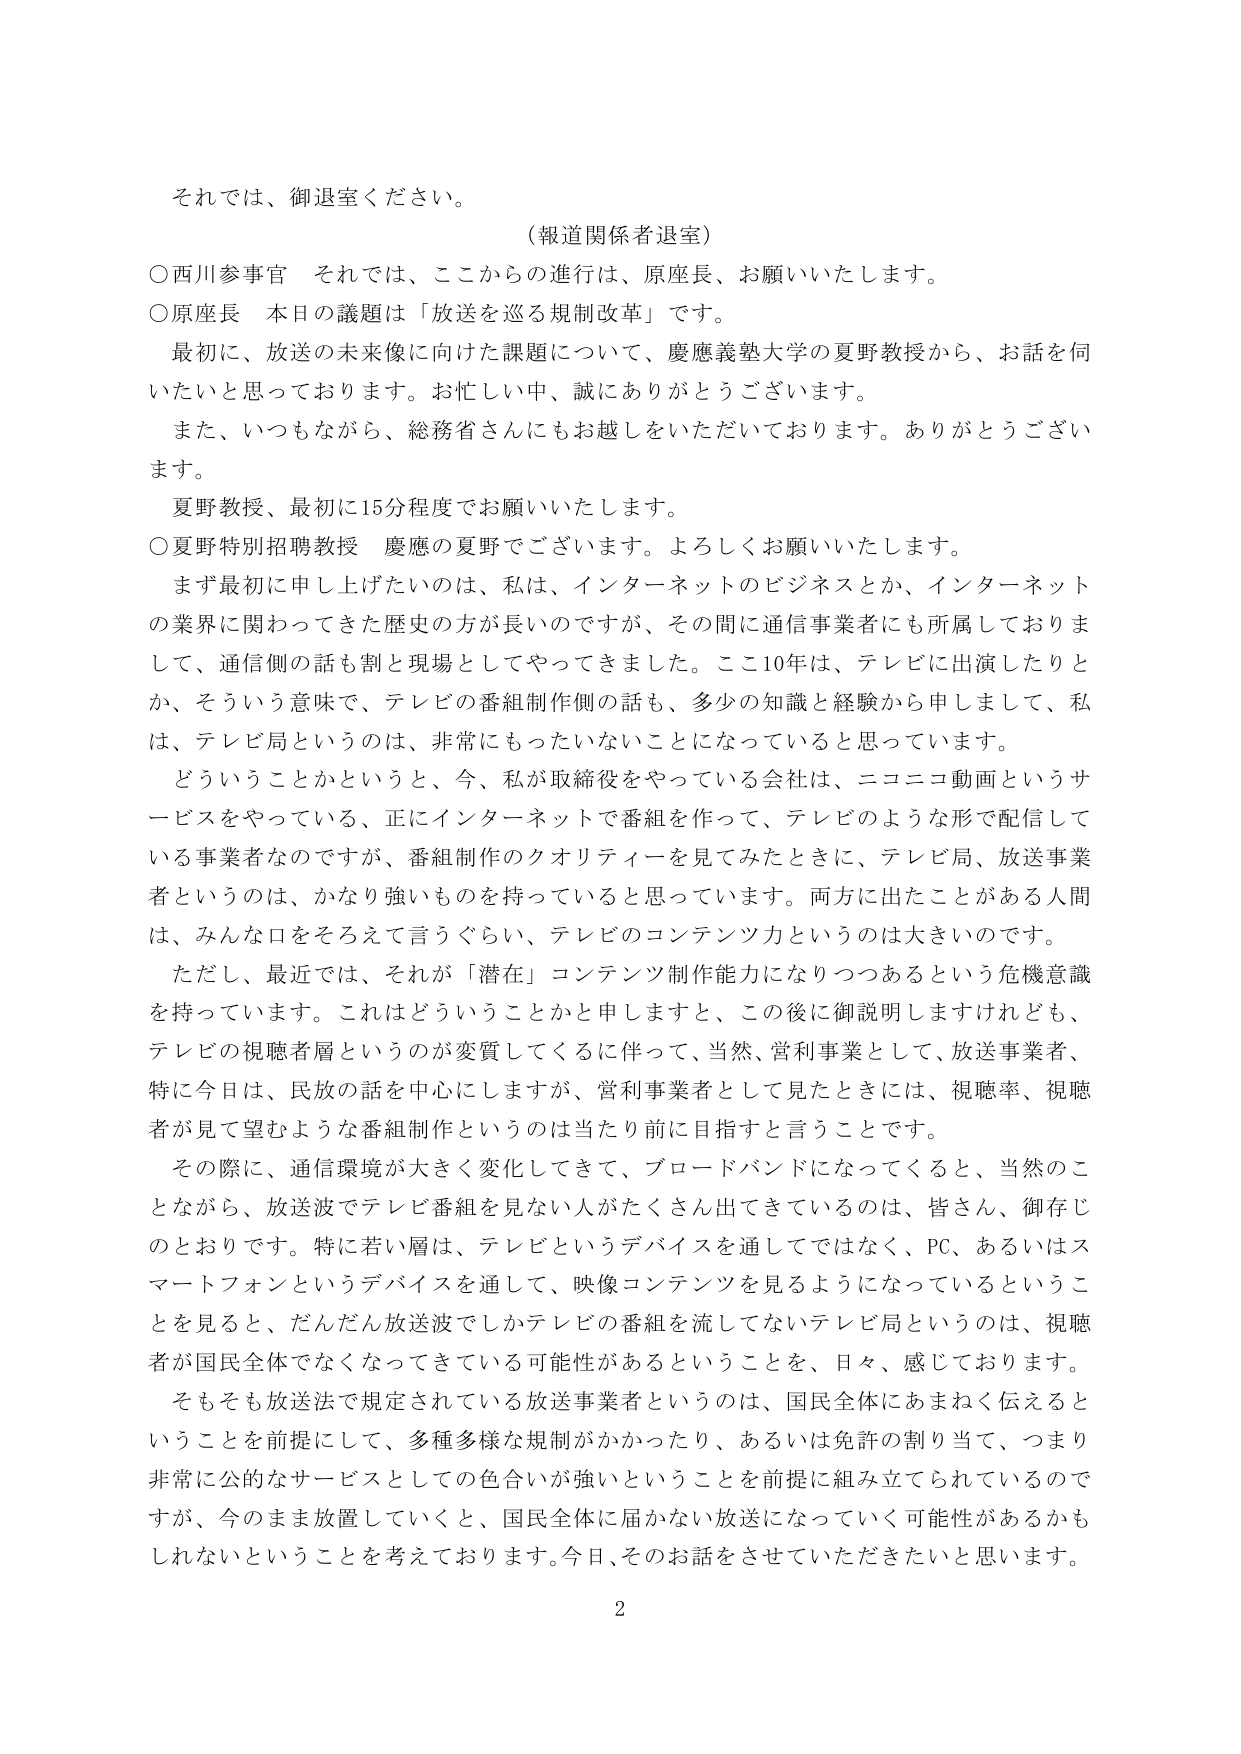
それでは、御退室ください。

（報道関係者退室）

○西川参事官　それでは、ここからの進行は、原座長、お願いいたします。

○原座長　本日の議題は「放送を巡る規制改革」です。

　最初に、放送の未来像に向けた課題について、慶應義塾大学の夏野教授から、お話を伺いたいと思っております。お忙しい中、誠にありがとうございます。

　また、いつもながら、総務省さんにもお越しをいただいております。ありがとうございます。

　夏野教授、最初に15分程度でお願いいたします。

○夏野特別招聘教授　慶應の夏野でございます。よろしくお願いいたします。

　まず最初に申し上げたいのは、私は、インターネットのビジネスとか、インターネットの業界に関わってきた歴史の方が長いのですが、その間に通信事業者にも所属しておりまして、通信側の話も制と現場としてやってきました。ここ10年は、テレビに出演したりとか、そういう意味で、テレビの番組制作側の話も、多少の知識と経験から申しまして、私は、テレビ局というのは、非常にもったいないことになっていると思っています。

　どういうことかというと、今、私が取締役をやっている会社は、ニコニコ動画というサービスをやっている、正にインターネットで番組を作って、テレビのような形で配信している事業者なのですが、番組制作のクオリティーを見てみたときに、テレビ局、放送事業者というのは、かなり強いものを持っていると思っています。両方に出たことがある人間は、みんな口をそろえて言うぐらい、テレビのコンテンツ力というのは大きいのです。

　ただし、最近では、それが「潜在」コンテンツ制作能力になりつつあるという危機意識を持っています。これはどういうことかと申しますと、この後に御説明しますけれども、テレビの視聴者層というのが変質してくるに伴って、当然、営利事業として、放送事業者、特に今日は、民放の話を中心にしますが、営利事業者として見たときには、視聴率、視聴者が見て望むような番組制作というのは当たり前に目指すと言うことです。

　その際に、通信環境が大きく変化してきて、ブロードバンドになってくると、当然のことながら、放送波でテレビ番組を見ない人がたくさん出てきているのは、皆さん、御存じのとおりです。特に若い層は、テレビというデバイスを通してではなく、PC、あるいはスマートフォンというデバイスを通して、映像コンテンツを見るようになっているということを見ると、だんだん放送波でしかテレビの番組を流してないテレビ局というのは、視聴者が国民全体でなくなってくる可能性があるということを、日々、感じております。

　そもそも放送法で規定されている放送事業者というのは、国民全体にあまねく伝えるということを前提にして、多種多様な規制がかかったり、あるいは免許の割り当て、つまり非常に公的なサービスとしての色合いが強いということを前提に組み立てられているのですが、今のまま放置していくと、国民全体に届かない放送になっていく可能性があるかもしれないということを考えております。今日、そのお話をさせていただきたいと思います。

2